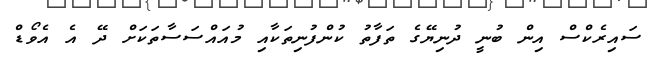
ސައިރެކްސް އިން ބުނީ ދުނިޔޭގެ ތަފާތު ކުންފުނިތަކާއި މުއައްސަސާތަކަށް ދޭ އެ އެވޯޑް